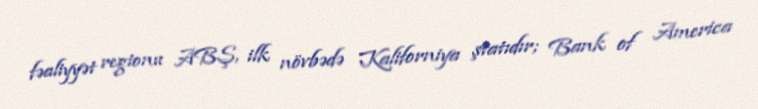
fəaliyyət regionu ABŞ, ilk növbədə Kaliforniya ştatıdır; Bank of America